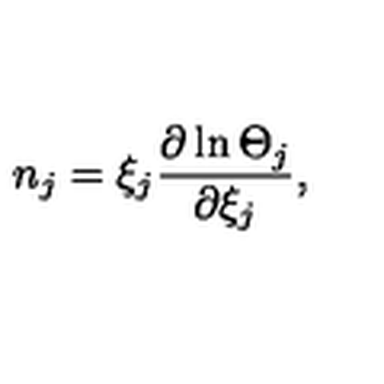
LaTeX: n _ { j } = \xi _ { j } \frac { \partial \ln \Theta _ { j } } { \partial { { \xi } _ { j } } } ,